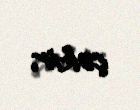
çəkir.